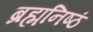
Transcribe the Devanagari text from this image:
ब्रह्मनिष्ठं